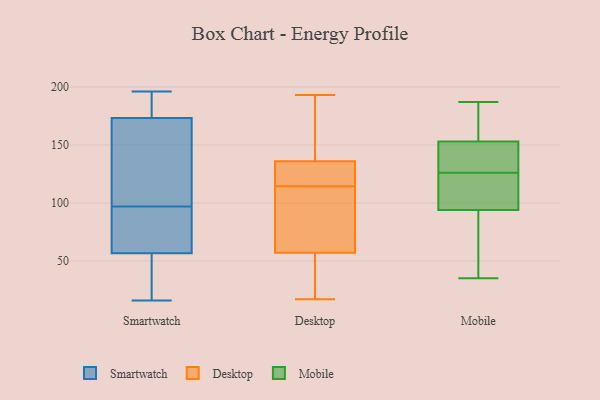
{"axis": {"x": "Humidity (%)", "y": "Value"}, "legend": ["Desktop", "Mobile", "Smartwatch"], "data": [{"x": "", "y": 51, "type": "Smartwatch"}, {"x": "", "y": 129, "type": "Smartwatch"}, {"x": "", "y": 196, "type": "Smartwatch"}, {"x": "", "y": 45, "type": "Smartwatch"}, {"x": "", "y": 38, "type": "Smartwatch"}, {"x": "", "y": 107, "type": "Smartwatch"}, {"x": "", "y": 90, "type": "Smartwatch"}, {"x": "", "y": 190, "type": "Smartwatch"}, {"x": "", "y": 188, "type": "Smartwatch"}, {"x": "", "y": 74, "type": "Smartwatch"}, {"x": "", "y": 81, "type": "Smartwatch"}, {"x": "", "y": 125, "type": "Smartwatch"}, {"x": "", "y": 97, "type": "Smartwatch"}, {"x": "", "y": 16, "type": "Smartwatch"}, {"x": "", "y": 190, "type": "Smartwatch"}, {"x": "", "y": 152, "type": "Desktop"}, {"x": "", "y": 17, "type": "Desktop"}, {"x": "", "y": 109, "type": "Desktop"}, {"x": "", "y": 88, "type": "Desktop"}, {"x": "", "y": 22, "type": "Desktop"}, {"x": "", "y": 127, "type": "Desktop"}, {"x": "", "y": 120, "type": "Desktop"}, {"x": "", "y": 57, "type": "Desktop"}, {"x": "", "y": 193, "type": "Desktop"}, {"x": "", "y": 136, "type": "Desktop"}, {"x": "", "y": 181, "type": "Mobile"}, {"x": "", "y": 172, "type": "Mobile"}, {"x": "", "y": 153, "type": "Mobile"}, {"x": "", "y": 135, "type": "Mobile"}, {"x": "", "y": 96, "type": "Mobile"}, {"x": "", "y": 35, "type": "Mobile"}, {"x": "", "y": 148, "type": "Mobile"}, {"x": "", "y": 68, "type": "Mobile"}, {"x": "", "y": 94, "type": "Mobile"}, {"x": "", "y": 146, "type": "Mobile"}, {"x": "", "y": 70, "type": "Mobile"}, {"x": "", "y": 187, "type": "Mobile"}, {"x": "", "y": 111, "type": "Mobile"}, {"x": "", "y": 117, "type": "Mobile"}]}